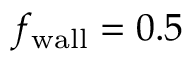
f _ { \mathrm { w a l l } } = 0 . 5